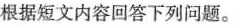
根据短文内容回答下列问题。